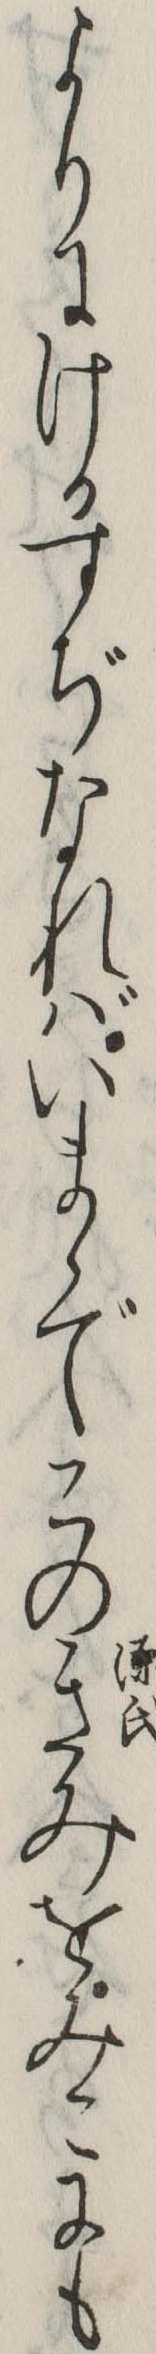
よりにけるすぢなればいまゝでこのきみをみこにも